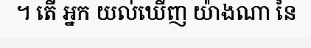
។ តើ អ្នក យល់ឃើញ យ៉ាងណា នៃ